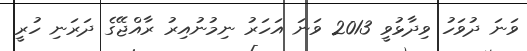
ވަނަ ދުވަހު ވިދާޅުވީ 2013 ވަނަ އަހަރު ނިމުނުއިރު ރާއްޖޭގެ ދަރަނި ހުރީ